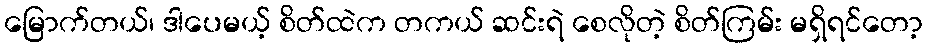
မြောက်တယ်၊ ဒါပေမယ့် စိတ်ထဲက တကယ် ဆင်းရဲ စေလိုတဲ့ စိတ်ကြမ်း မရှိရင်တော့